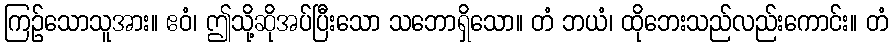
ကြဉ်သောသူအား။ ဧဝံ၊ ဤသို့ဆိုအပ်ပြီးသော သဘောရှိသော။ တံ ဘယံ၊ ထိုဘေးသည်လည်းကောင်း။ တံ